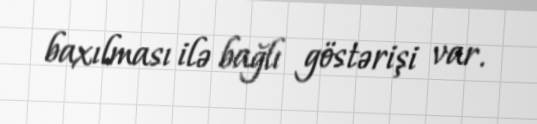
baxılması ilə bağlı göstərişi var.